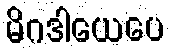
မိဂဒါယေပေ